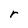
Character: r